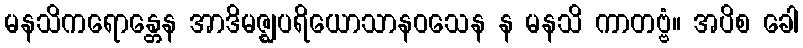
မနသိကရောန္တေန အာဒိမဇ္ဈပရိယောသာနဝသေန န မနသိ ကာတဗ္ဗံ။ အပိစ ခေါ